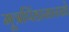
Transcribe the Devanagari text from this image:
मूत्रपिंडासारखे